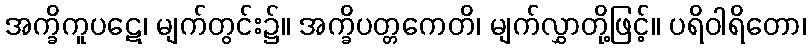
အက္ခိကူပဋေ၊ မျက်တွင်း၌။ အက္ခိပတ္တကေတိ၊ မျက်လွှာတို့ဖြင့်။ ပရိဝါရိတော၊